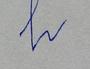
Signature authenticity: forged